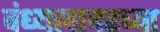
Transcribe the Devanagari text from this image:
वंध्यत्वावरच्या